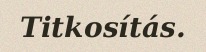
Titkosítás.